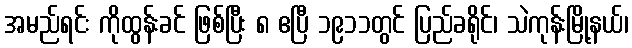
အမည်ရင်း ကိုထွန်းခင် ဖြစ်ပြီး ၈ ဧပြီ ၁၉၁၁တွင် ပြည်ခရိုင်၊ သဲကုန်းမြို့နယ်၊